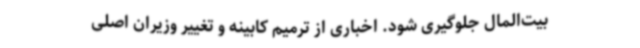
بیت‌المال جلوگیری شود. اخباری از ترمیم کابینه و تغییر وزیران اصلی